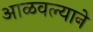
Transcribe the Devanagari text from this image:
आळवल्याने